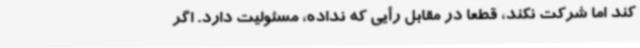
کند اما شرکت نکند، قطعا در مقابل رأیی که نداده، مسئولیت دارد. اگر